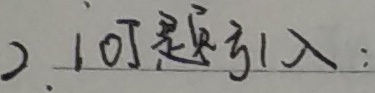
）. 可引入：